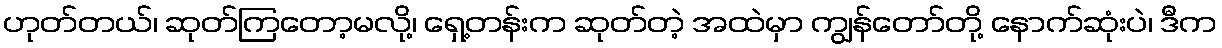
ဟုတ်တယ်၊ ဆုတ်ကြတော့မလို့၊ ရှေ့တန်းက ဆုတ်တဲ့ အထဲမှာ ကျွန်တော်တို့ နောက်ဆုံးပဲ၊ ဒီက